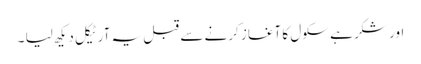
اور شکر ہے سکول کا آغاز کرنے سے قبل یہ آرٹیکل دیکھ لیا ۔